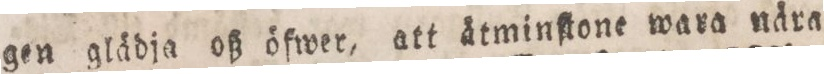
gen glädja oß öfwer, att ätminſtone wara nära